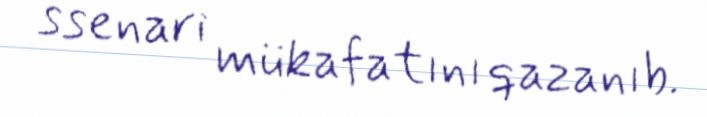
ssenari mükafatını qazanıb.